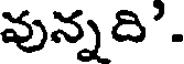
వున్నది'.